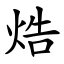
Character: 焅